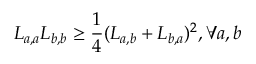
L _ { a , a } L _ { b , b } \ge \frac { 1 } { 4 } ( L _ { a , b } + L _ { b , a } ) ^ { 2 } , \forall a , b